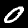
Digit: 0